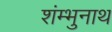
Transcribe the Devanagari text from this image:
शंम्भुनाथ